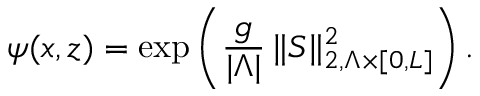
\psi ( x , z ) = \exp \left( \frac { g } { \vert \Lambda \vert } \, \| S \| _ { 2 , \Lambda \times \lbrack 0 , L \rbrack } ^ { 2 } \right) .